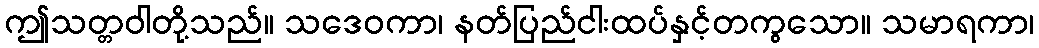
ဤသတ္တဝါတို့သည်။ သဒေဝကာ၊ နတ်ပြည်ငါးထပ်နှင့်တကွသော။ သမာရကာ၊